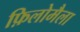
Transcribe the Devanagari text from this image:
फ़िलोमैला